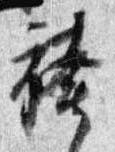
袴